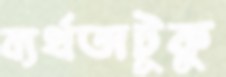
ব্যর্থতাটুকু